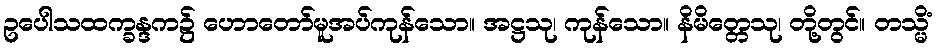
ဥပေါသထက္ခန္ဒက၌ ဟောတော်မူအပ်ကုန်သော။ အဋ္ဌသု၊ ကုန်သော။ နိမိတ္တေသု၊ တို့တွင်။ တသ္မိံ